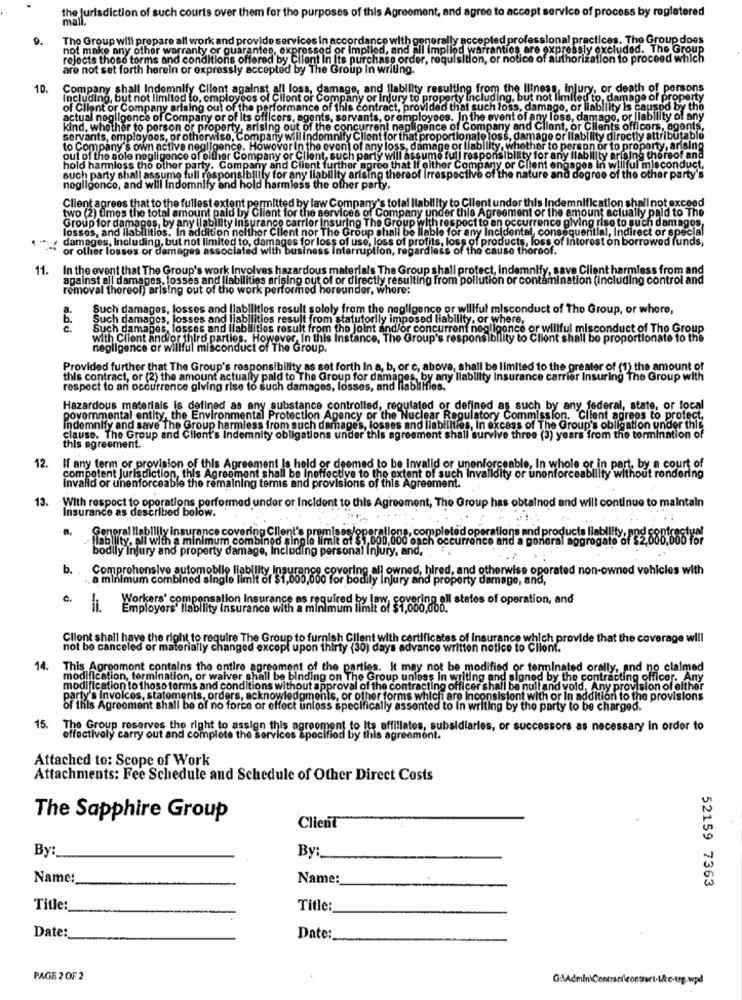
the jurisdiction of such courts over them for the purposes of this Agreement, and agree to accept service of process by registered
9.
The Group will prepare all work and provide services In accordance with generally accepted professional practices. The Group does
not make any other warranty or quarantes, expressed or implied, and all implied warranties are expressly excluded. The Group
rejects those terms and conditions offered by Client In Its purchase order, requisition, or notice of authorization to proceed which
are not set forth herein or expressly accepted by The Group In writing.
10.
Company shall Indemnify Client against all loss, damage, and Ilability rest
g from the Illness, injury, or death of persons
Including, but not limited to, employoos of Clfont or Company or Injury to prop
but not limited to
0, dan
e of property
of Client or Company arising out of the performance of this contract, provided
at such loss, damage, or liability is causpo by the
actual negligence of Company or of Its officers, agents, servants, or employee
. In the event of any loss, damage, or Ilability of any
kind, whether to person or property, arising out of the concurrent negligence of Compa
y and Client, or Clients officers, agents,
servants, employons, or otherwise, Company
Il indomnify Client for that proportionate loss, damage or liability directly attributable
to Company's own active negligence. Howover in the event of any loss
ss, damag
or liability,
or to person or to proporty, arising
out of the sole negligence of either Company or CI
uch party w
y for any liability arising thoreof and
hold harmless tho other party. Compa
y and Client further agree that If either Com
or Client en
gages in willful misconduct,
such party shall assume full responsibility for any liability arising th
d degree of the other party's
nogligonce, and will Indemnify and hold har
r party.
Client agrees that to the fullest extent permitted by law Company's total Ilability to Client under this Indemnification shall not exceed
two (2) times the total amount paid by Client for the services of Company under this Agreement or the amount actually paid to The
Group for damages, by any liability insurance carrier insuring The Group with respect to an occurrence giving rise to such damages,
losses, and liabllitios. In addition nelthor Client nor The Group shall be liable for any Incidental, consequential, Indirect or special
damages, Including, but not limited to, damages for loss of use, loss of profits, loss of products, loss of Intorest on borrowed funds,
or other losses or damages associated with business interruption, regardless of the cause thereof.
11.
In the event that The Group's work Involves hazardous materials The Group shall protect, indemnify, save Client harmless from and
against all damages, losses and liabilities arising out of or directly resulting from pollution or contamination (including control and
removal thereol) arising out of the work performed hereunder, where:
Such damages, losses and liabilities result solely from the negligence or willful misconduct of The Group, or where,
6.
Such damages, losses and liabilities result from statutorily imposed liability, or where,
Such damages, losses and liabilities result from the joint and/or concurrent negligence or willful misconduct of Tho Group
with Client and/or third parties. However, In this Instance, The Group's responsibility to Client shall be proportionate to the
negligence or willful misconduct of The Group.
Provided further that The Group's responsibility as set forth In a, b, or c, above, shall be limited to the greater of (1) the amount of
this contract, or (2) the amount actually paid to The Group for damages, by any liability Insurance carrier Insuring The Group with
respect to an occurrence giving rise to such damages, losses, and lablirles
Hazardous materials is defined as any substance controlled, regulated or defined as such by any federal, state, or local
governmental entity, the Environmental Protection Agency or the Nuclear Regulatory Commission. Client agrees to protect,
Indemnify and save The Group harmless from such damages, losses and liabilities, In excess of The Group's obligation under this
clause. The Group and Client's Indemnity obligations under this agreement shall survive three (3) years from the tormination of
this agreement.
12.
If any term or provision of this Agreement Is held or deemed to be Invalid or unenforceable, In whole or in part, by a court of
competent Jurisdiction, this Agreement shall be Ineffective to the extent of such Invalidity or unenforceability
Invalid or unenforceable the remaining teris and provisions of this Agreement.
13.
ment, The Group has obtained and will continue to maintain
With respect to operations performed under or Incident to thi
Insurance as described below.
·ability, all with a minimum combined single limit of $1,000,000 each occu
General liability insurance covering Client's
and products liability:des 888.000 For
ral aggrog
bodily Injury and property damage, Including personal Injury, and,
b.
Comprohonsive automobile liability
cover
all owned, hired, and otherwise oper
a minimum combined single limit o
o for
Injur
y and property damage, and,
c.
ring all states of operation, and
Workers' compensation Insurance as required by law §§ 006.000.
Employers' Ilability insurance with a minimum
Client shall have the right to require The Group to furnish Client with certificates of insurance which provide that the coverage will
not be canceled or materially changed except upon thirty (30) days advance written notice to Client.
14.
This Agroomont contains the entire agreement of the parties. It may not be modified or terminated orally, and no claimed
modification, termination, or waiver shall be binding on The Group unless in writing and signed by the contracting officer. Any
modification to those terms and conditions without approval of the contracting officer shall be null and vold, Any provision of either
party's invoices, statements, orders, acknowledgments, or other forms which are Inconsistent with or In addition to the provisions
of this Agreement shall be of no force or effect unless specifically assented to In writing by the party to be charged.
15. The Group reserves the right to assign this agreement to Its affiliates, subsidiaries, or successors as necessary In order to
effectively carry out and complete the services specified by this agreement.
Attached to: Scope of Work
Attachments: Fee Schedule and Schedule of Other Direct Costs
The Sapphire Group
Client
By:
By :__
Name:
Name:
52159 7363
Title:
Title:
Date:
Date:
PAGE 2 OF 2